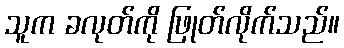
သူက ခလုတ်ကို ဖြုတ်လိုက်သည်။